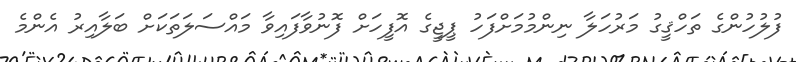
ފުލުހުންގެ ތަހްޤީގު މަރުހަލާ ނިންމުމަށްފަހު ޕީޖީގެ އޮފީހަށް ފޮނުވާފައިވާ މައްސަލަތަކަށް ބަލާއިރު އެންމެ